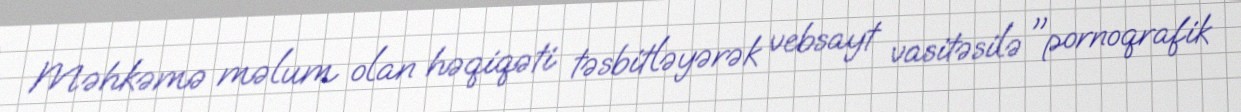
Məhkəmə məlum olan həqiqəti təsbitləyərək vebsayt vasitəsilə "pornoqrafik